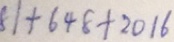
8 1 + 6 4 8 + 2 0 1 6